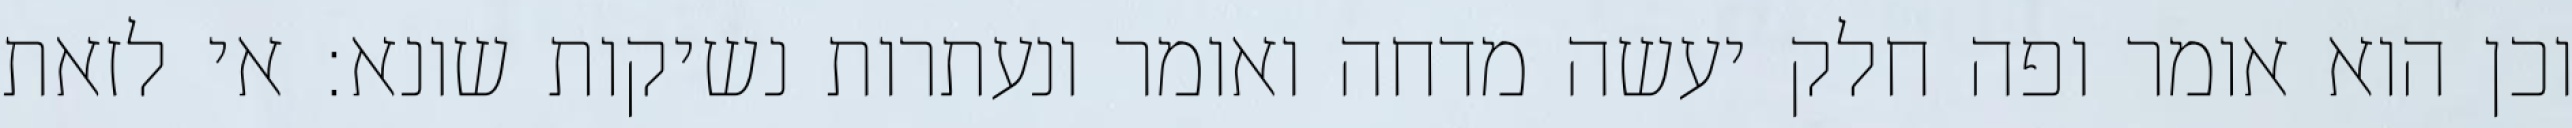
וכן הוא אומר ופה חלק יעשה מדחה ואומר ונעתרות נשיקות שונא: אי לזאת